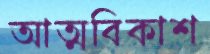
আত্মবিকাশ